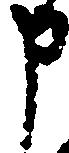
申